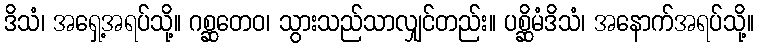
ဒိသံ၊ အရှေ့အရပ်သို့။ ဂစ္ဆတေဝ၊ သွားသည်သာလျှင်တည်း။ ပစ္ဆိမံဒိသံ၊ အနောက်အရပ်သို့။